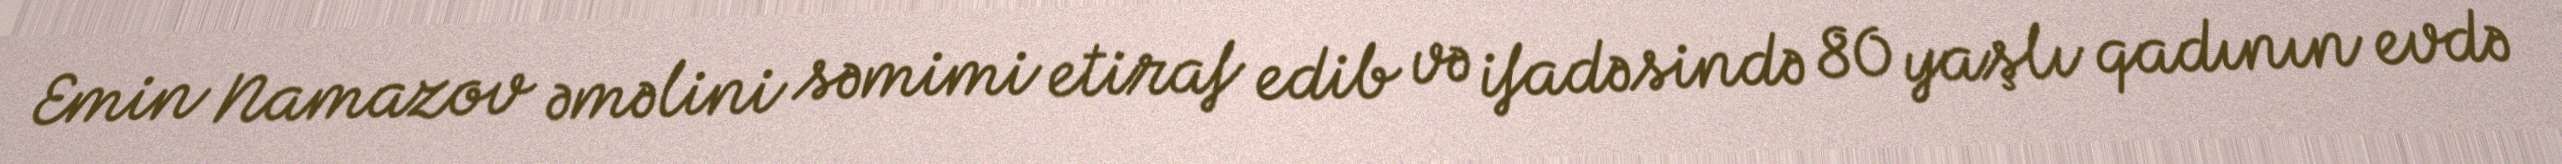
Emin Namazov əməlini səmimi etiraf edib və ifadəsində 80 yaşlı qadının evdə